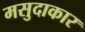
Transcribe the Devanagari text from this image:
मसुदाकार